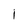
Character: I